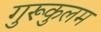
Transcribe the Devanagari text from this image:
गुरूकुलम